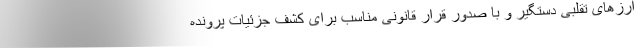
ارزهای تقلبی دستگیر و با صدور قرار قانونی مناسب برای کشف جزئیات پرونده